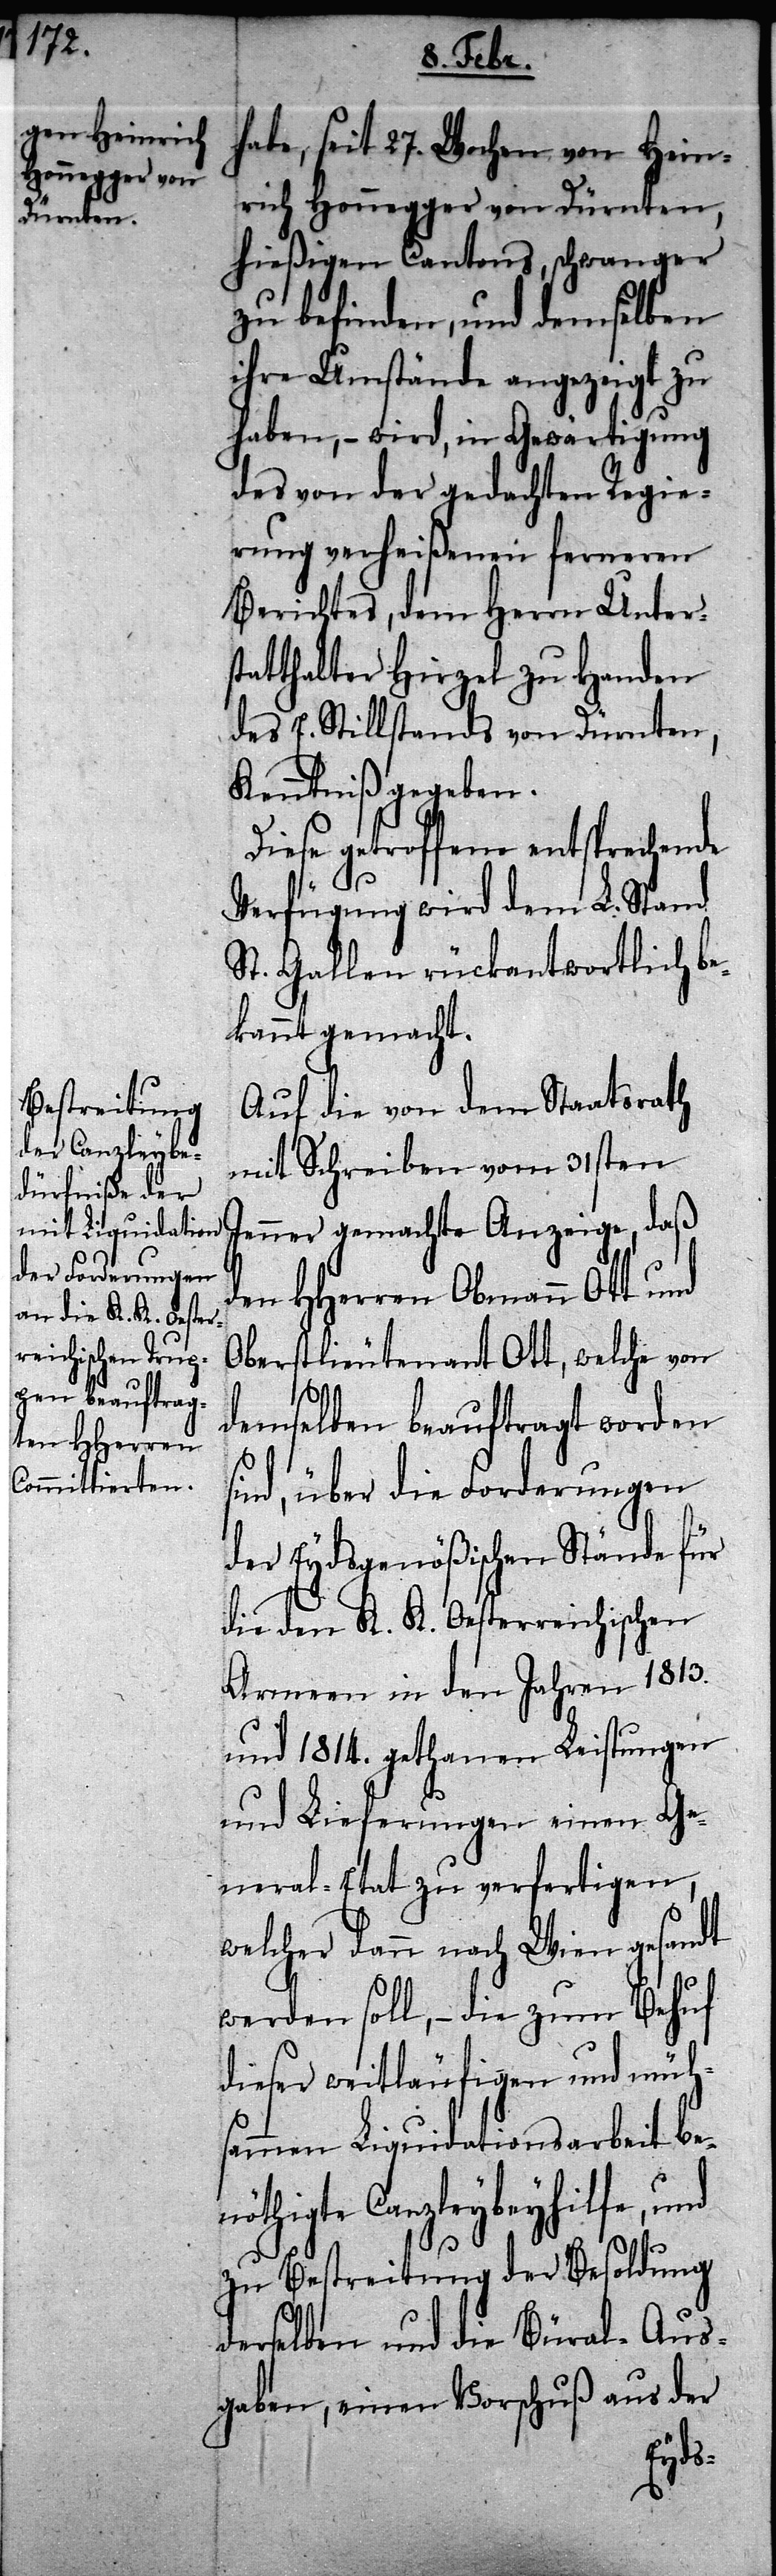
Auf die von dem Staatsrath
mit Schreiben vom 31sten
Jenner gemachte Anzeige, daß
en HHerren Obmann Ott und
Oberstlieutenant Ott, welche von
d¬
demselben beauftragt worden
sind, über die Forderungen
der Eydsgenößischen Stände für
die den K. K. Oesterreichischen
Armeen in den Jahren 1813.
und 1814. gethanen Leistungen
und Lieferungen einen Ge¬
neral-Etat zu verfertigen,
welcher dann nach Wien gesandt
werden soll, – die zum Behuf
dieser weitläufigen und mühs¬
ammen Liquidationsarbeit be¬
nöthigte Canzleybeyhilfe, und
zu Bestreitung der Besoldung
derselben und die Büral-Aus¬
gaben, einen Vorschuß aus der